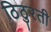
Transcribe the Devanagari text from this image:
ठिठुरती